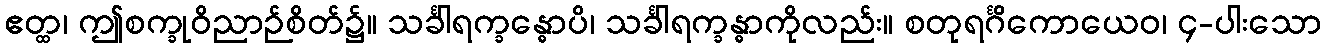
ဧတ္ထ၊ ဤစက္ခုဝိညာဉ်စိတ်၌။ သင်္ခါရက္ခန္ဓောပိ၊ သင်္ခါရက္ခန္ဓာကိုလည်း။ စတုရင်္ဂိကောယေဝ၊ ၄-ပါးသော